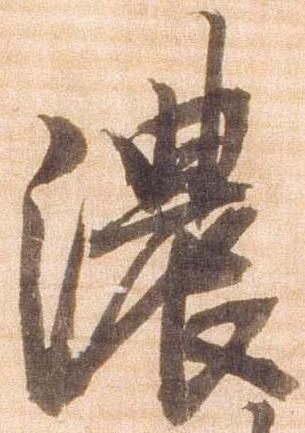
濃